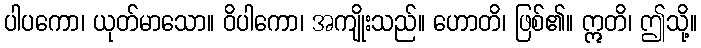
ပါပကော၊ ယုတ်မာသော။ ဝိပါကော၊ အကျိုးသည်။ ဟောတိ၊ ဖြစ်၏။ ဣတိ၊ ဤသို့။